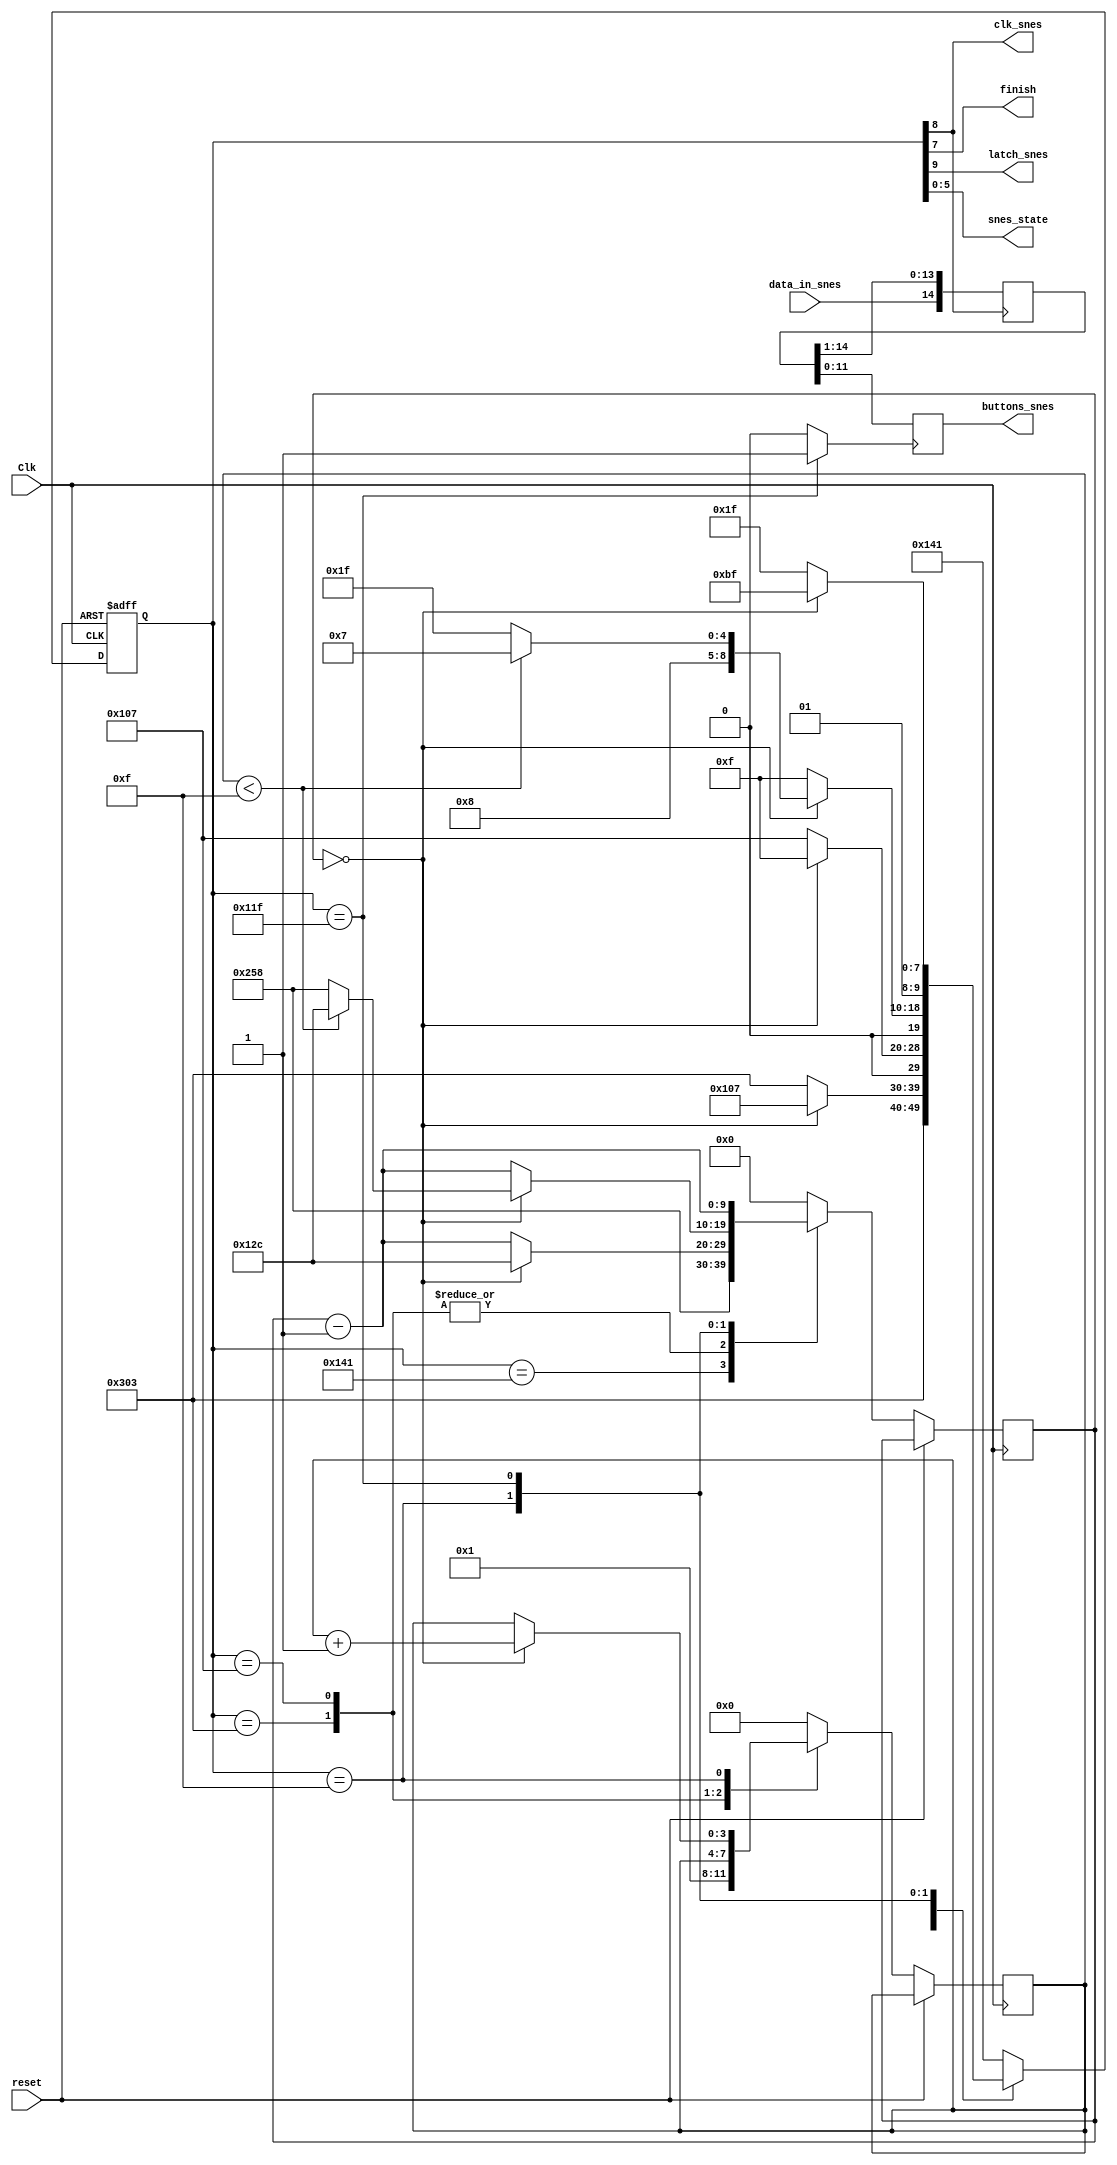
module snes_controller(
				input Clk,
				input data_in_snes,
				//input start,
				input reset,
				output reg [11:0]buttons_snes,
				output finish,
				//output idle,
				output latch_snes,
				output clk_snes,
				output [5:0] snes_state
				);
			  //LATCH______CLOCK_____FINISH____IDLE______STATE
localparam   IDLE  =  10'b0_____________1_________0________1______000001;
localparam   STATE1=  10'b1_____________1_________0________0______000011;
localparam   STATE2=  10'b0_____________1_________0________0______000111;
localparam   STATE3=  10'b0_____________0_________0________0______001111;
localparam   STATE4=  10'b0_____________1_________0________0______011111;
localparam   FINISH=  10'b0_____________1_________1________0______111111;
localparam   TIME6u	= 10'd300;
localparam   TIME12u	= 10'd600;


reg [9:0]state=IDLE;
reg [9:0]delay=TIME12u;
reg [3:0]num_clks=4'd0;
reg [14:0]buttons_temp=15'd0;
wire pre_finish=(state[9:0]==STATE4)?1'b1:0;
assign latch_snes=state[9];
assign clk_snes=state[8];
assign finish=state[7];
assign snes_state = state[5:0];
//assign idle=state[6];


always@(posedge pre_finish)
begin
	buttons_snes[11:0]<=buttons_temp[11:0];
end

always@(negedge clk_snes)
begin							
	buttons_temp[14:0]<={data_in_snes,buttons_temp[14:1]};
end

always@(posedge Clk, posedge reset)
begin
if(reset)
begin
	state[9:0] <= IDLE;
end
else
begin
	case(state[9:0])
	IDLE  :begin
				//state[9:0]<=IDLE;
				delay[9:0]<=TIME12u;
				num_clks[3:0]<=4'd0;
				state[9:0]<=STATE1;
			 end
   STATE1:begin
				state[9:0]<=STATE1;
				delay[9:0]<=delay[9:0]-1'b1;
				num_clks[3:0]<=4'd1;
				if(delay[9:0]==10'd0)
				begin
					delay[9:0]<=TIME6u;
					state[9:0]<=STATE2;
				end
			 end
	STATE2:begin
				state[9:0]<=STATE2;
				delay[9:0]<=delay[9:0]-1'b1;
				num_clks[3:0]<=num_clks[3:0];
				if(delay[9:0]==10'd0)
				begin
					delay[9:0]<=TIME6u;
					state[9:0]<=STATE3;
				end
			 end
   STATE3:begin
				state[9:0]<=STATE3;
				delay[9:0]<=delay[9:0]-1'b1;
				num_clks[3:0]<=num_clks[3:0];
				if(delay[9:0]==10'd0)
				begin
					num_clks[3:0]<=num_clks[3:0]+1'b1;
					if(num_clks[3:0]<4'd15)
					begin	
						delay[9:0]<=TIME6u;
						state[9:0]<=STATE2;
					end
					else
					begin
						delay[9:0]<=TIME12u;
						state[9:0]<=STATE4;
					end
				end
			 end
   STATE4:begin
				state[9:0]<=STATE4;
				delay[9:0]<=delay[9:0]-1'b1;
				num_clks[3:0]<=4'd0;
				if(delay[9:0]==10'd0)
				begin
					state[9:0]<=FINISH;
				end
			 end
   FINISH:begin
				state[9:0]<=IDLE;
				delay[9:0]<=10'd0;
				num_clks[3:0]<=4'd0;
			 end
	default:begin
				state[9:0]<=IDLE;
				delay[9:0]<=10'd0;
				num_clks[3:0]<=4'd0;
			 end
	endcase
end
end


endmodule